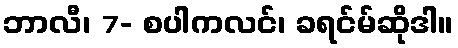
ဘာလီ၊ 7- စပါကလင်၊ ခရင်မ်ဆိုဒါ။